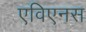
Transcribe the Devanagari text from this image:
एविएनस